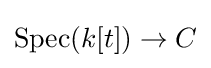
{\text{Spec}}(k[t])\to C